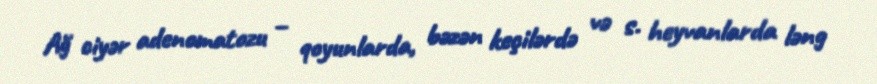
Ağ ciyər adenomatozu – qoyunlarda, bəzən keçilərdə və s. heyvanlarda ləng